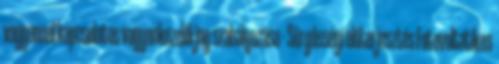
vagyonnal kapcsolatos vagyonkezelői jog szabályozása - Sürgősségi előterjesztés Fotovoltatikus